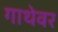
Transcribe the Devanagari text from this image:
गाथेवर